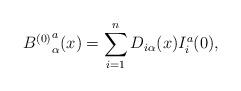
LaTeX: \begin{align*}{B^{(0)}}_{\alpha}^{a}(x) = \sum_{i=1}^{n} D_{i\alpha}(x)I_{i}^{a}(0), \end{align*}